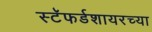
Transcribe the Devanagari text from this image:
स्टॅफर्डशायरच्या